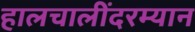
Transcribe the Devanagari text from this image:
हालचालींदरम्यान